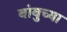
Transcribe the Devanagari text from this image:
बांबुच्या